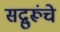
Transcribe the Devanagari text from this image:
सद्गुरूंचे